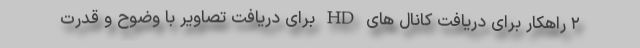
۲ راهکار برای دریافت کانال های HD برای دریافت تصاویر با وضوح و قدرت